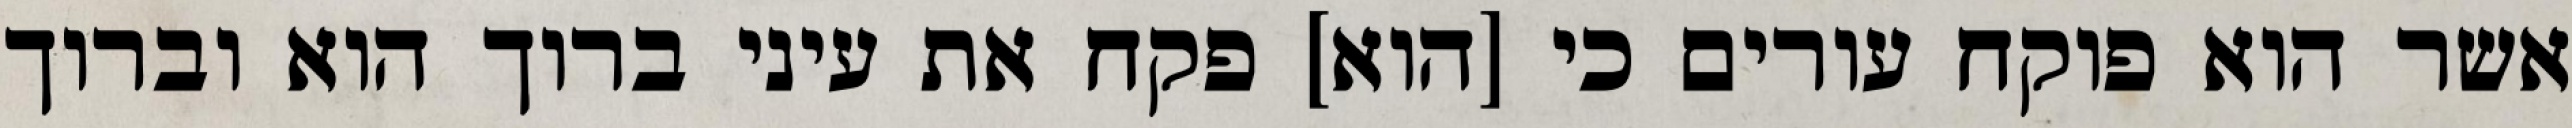
אשר הוא פוקח עורים כי [הוא] פקח את עיני ברוך הוא וברוך